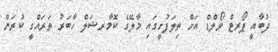
ދުބާއީ ޕޯރޓް ވޯލްޑް އަށް ތިލަފުށީގައި މާލޭގެ ކޮމާރޝަލް ހާބަރު ތަރައްގީ ކުރަން